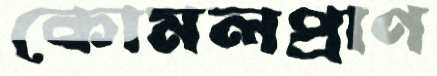
কোমলপ্রাণ